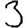
Digit: 3